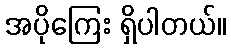
အပိုကြေး ရှိပါတယ်။